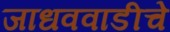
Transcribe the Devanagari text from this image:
जाधववाडीचे